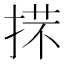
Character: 𢯒